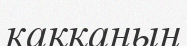
каққаның